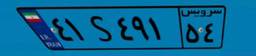
۲۵S۹۰۹۲۹